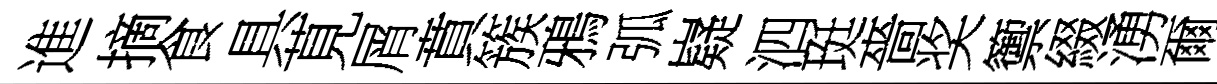
進摘食具莧屑賁簇鴉弧嶷泗珽嗇奖籞綴湧爾